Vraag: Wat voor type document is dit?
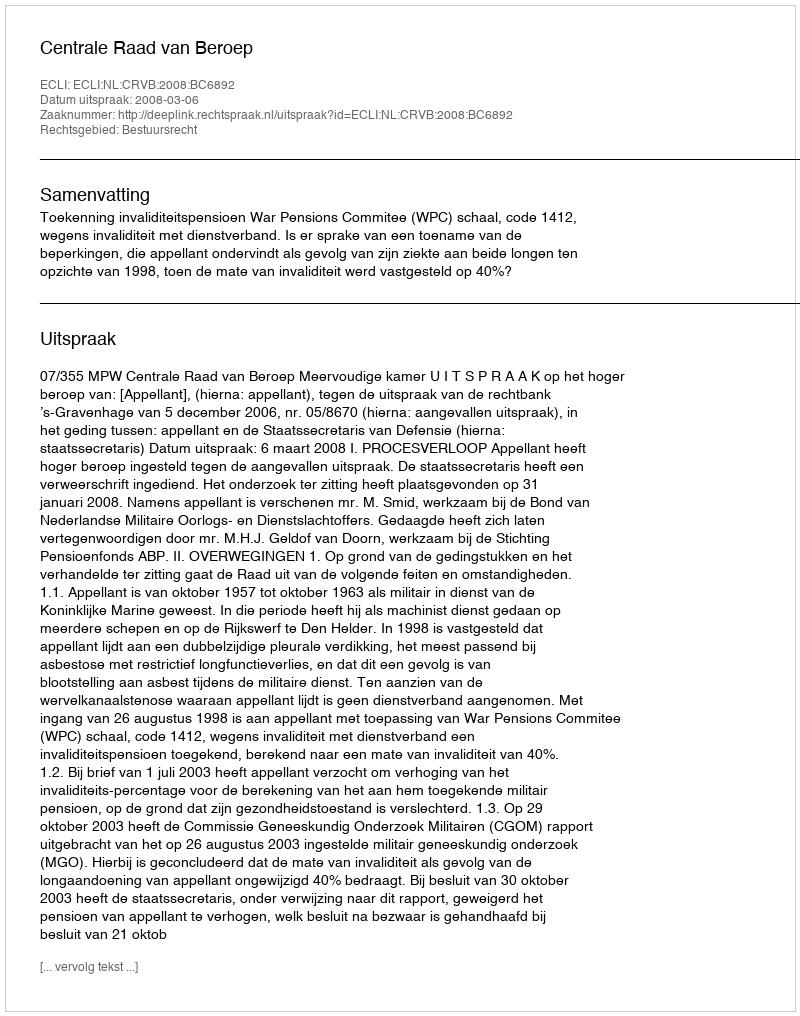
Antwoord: Uitspraak